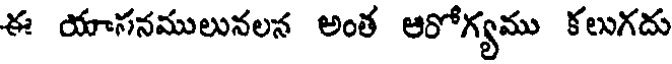
ఈ యాసనములునలన అంత ఆరోగ్యము కలుగదు